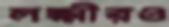
লক্ষ্মীরও